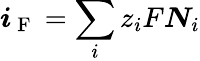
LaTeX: \boldsymbol{i}_{\mathrm{~F~}}=\sum_{i}z_{i}F\boldsymbol{N}_{i}